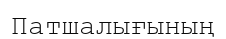
Патшалығының